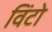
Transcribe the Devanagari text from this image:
विंटो